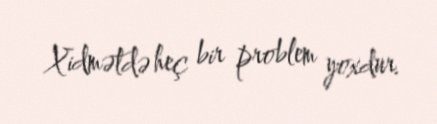
Xidmətdə heç bir problem yoxdur.